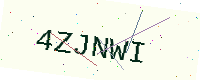
Text: 4ZJNWI